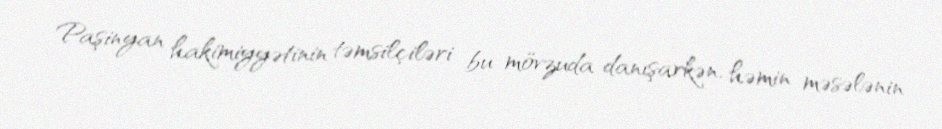
Paşinyan hakimiyyətinin təmsilçiləri bu mövzuda danışarkən, həmin məsələnin